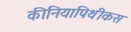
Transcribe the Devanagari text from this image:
कीनियापिथीकस